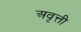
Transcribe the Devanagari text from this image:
अवृत्ती